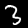
Label: 3